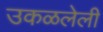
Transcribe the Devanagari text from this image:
उकळलेली